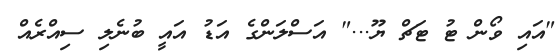
"އައި ވޯން ޓު ޓަޗް ޔޫ..." އަސްލަންގެ އަޑު އައީ ބުނެލި ސިއްރެއް